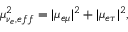
\mu _ { \nu _ { e } , e f f } ^ { 2 } = | { \mu } _ { e \mu } | ^ { 2 } + | { \mu } _ { e \tau } | ^ { 2 } ,